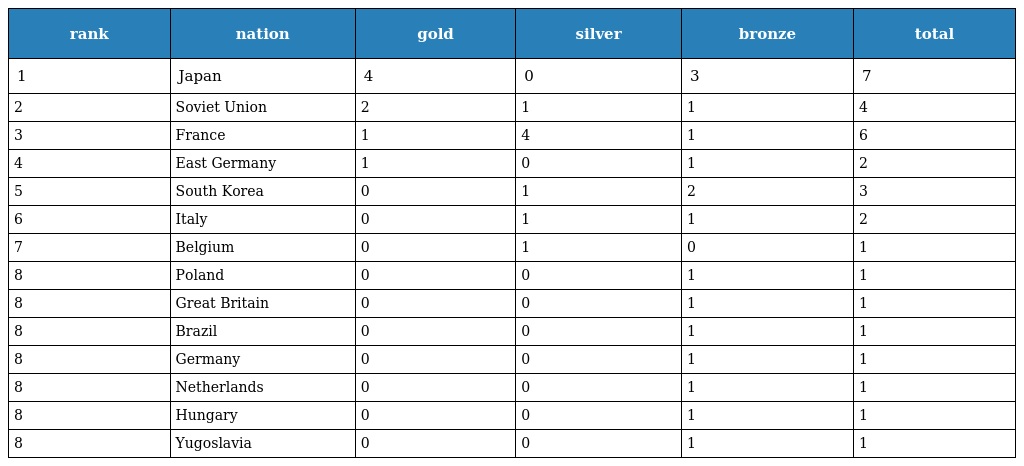
| rank | nation | gold | silver | bronze | total |
 | --- | --- | --- | --- | --- | --- |
 | 1 | Japan | 4 | 0 | 3 | 7 |
 | 2 | Soviet Union | 2 | 1 | 1 | 4 |
 | 3 | France | 1 | 4 | 1 | 6 |
 | 4 | East Germany | 1 | 0 | 1 | 2 |
 | 5 | South Korea | 0 | 1 | 2 | 3 |
 | 6 | Italy | 0 | 1 | 1 | 2 |
 | 7 | Belgium | 0 | 1 | 0 | 1 |
 | 8 | Poland | 0 | 0 | 1 | 1 |
 | 8 | Great Britain | 0 | 0 | 1 | 1 |
 | 8 | Brazil | 0 | 0 | 1 | 1 |
 | 8 | Germany | 0 | 0 | 1 | 1 |
 | 8 | Netherlands | 0 | 0 | 1 | 1 |
 | 8 | Hungary | 0 | 0 | 1 | 1 |
 | 8 | Yugoslavia | 0 | 0 | 1 | 1 |